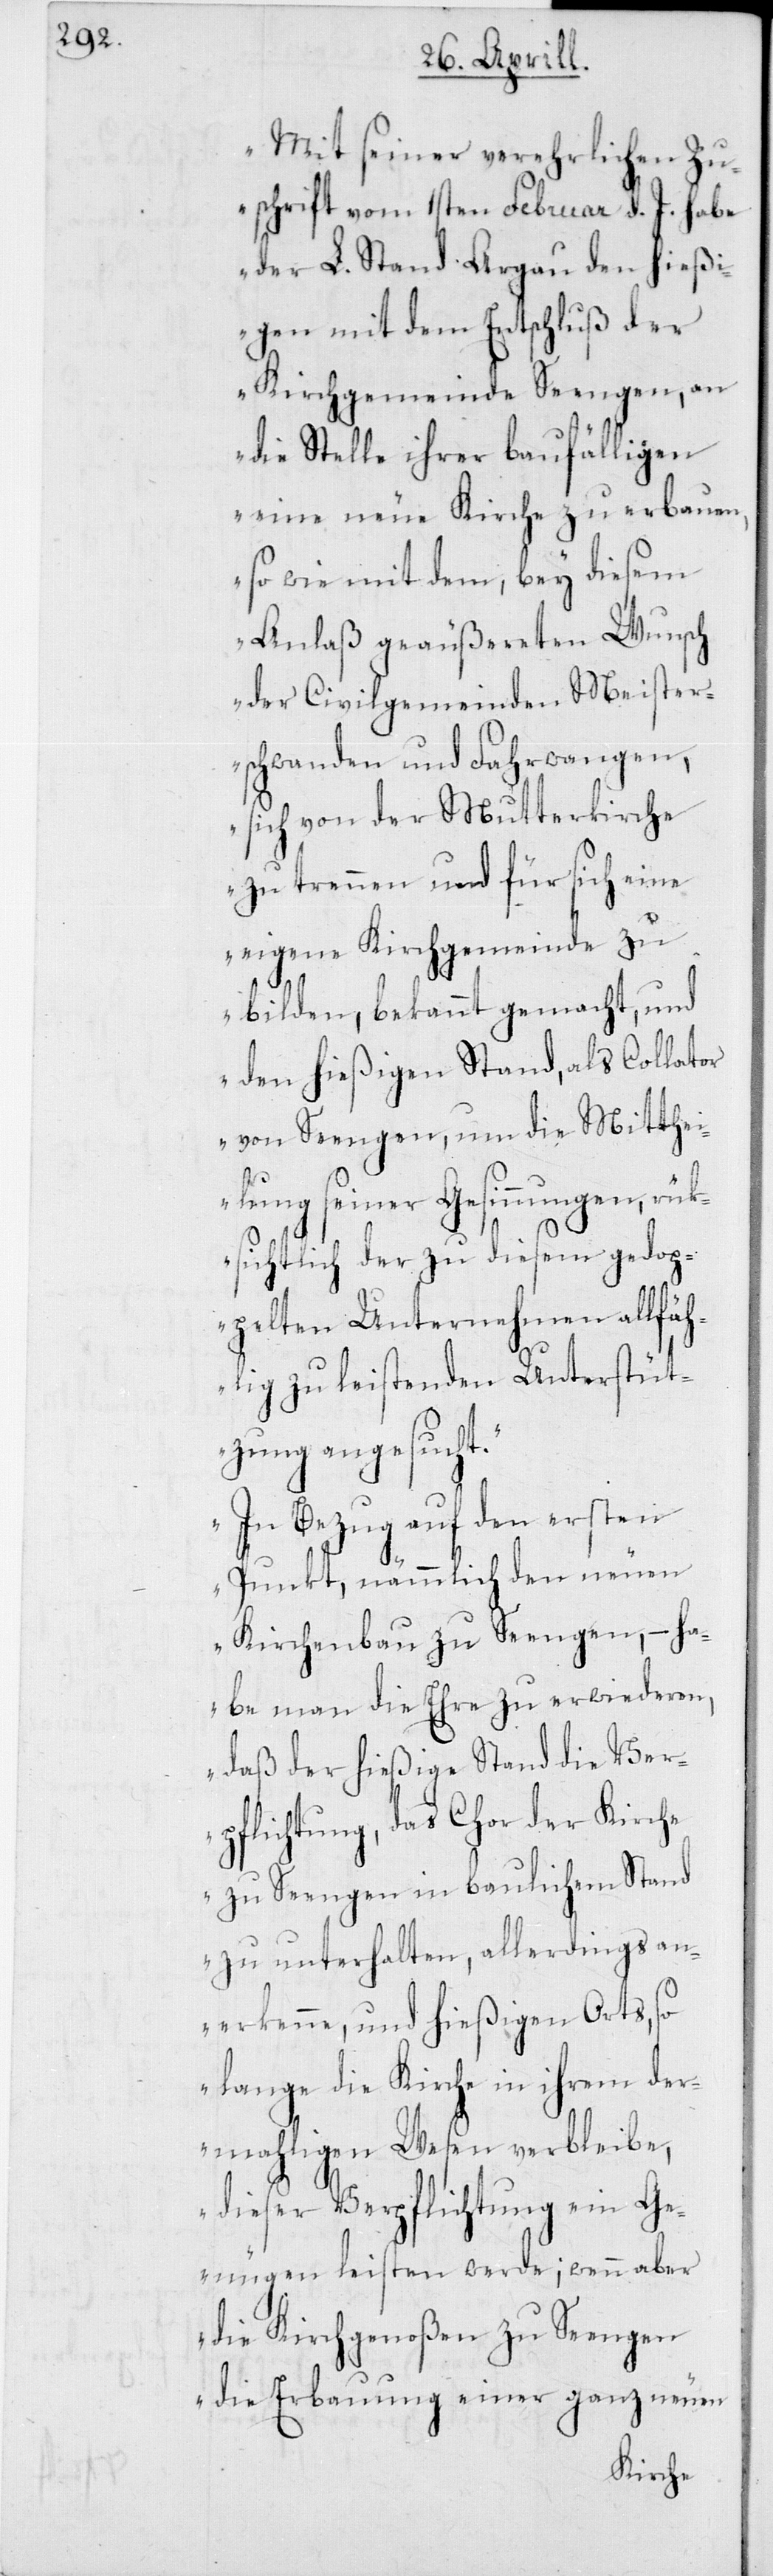
„Mit seiner verehrlichen Zu¬
schrift vom 1sten Februar d. J. habe
der L. Stand Argau den hießi¬
gen mit dem Entschluß der
Kirchgemeinde Seengen, an
die Stelle ihrer baufälligen
eine neue Kirche zu erbauen,
sowie mit dem, bey diesem
Anlaß geäußereten Wunsch
der Civilgemeinden Meister¬
schwanden und Fahrwangen,
sich von der Mutterkirche
zu trennen und für sich eine
eigene Kirchgemeinde zu
bilden, bekannt gemacht, und
den hießigen Stand, als Collator
von Seengen, um die Mitthei¬
lung seiner Gesinnungen, rü¬
ksichtlich der zu diesem gedop¬
pelten Unternehmen allfä¬
hlig zu leistenden Unterstüt¬
zung angesucht.
In Bezug auf den ersten
Punkt, nämmlich den neuen
Kirchenbau zu Seengen, – ha¬
be man die Ehre zu erwiederen,
daß der hießige Stand die Ver¬
pflichtung, das Chor der Kirche
zu Seengen in baulichen Stand
zu unterhalten, allerdings an¬
erkenne, und hießigen Orts, so
lange die Kirche in ihrem der¬
mahligen Wesen verbleibe,
dieser Verpflichtung ein Ge¬
nügen leisten werde; wenn aber
die Kirchgenoßen zu Seengen
die Erbauung einer ganz neuen